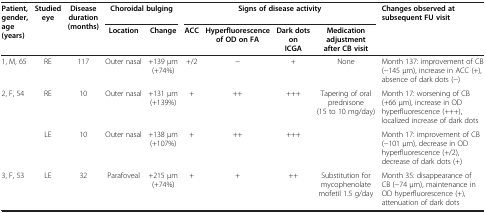
<table><thead><tr><td rowspan="2"><b>Patient, gender, age (years)</b></td><td rowspan="2"><b>Studied eye</b></td><td rowspan="2"><b>Disease duration (months)</b></td><td colspan="2"><b>Choroidal bulging</b></td><td colspan="4"><b>Signs of disease activity</b></td><td><b>Changes observed at subsequent FU visit</b></td></tr><tr><td><b>Location</b></td><td><b>Change</b></td><td><b>ACC</b></td><td><b>Hyperfluorescence of OD on FA</b></td><td><b>Dark dots on ICGA</b></td><td><b>Medication adjustment after CB visit</b></td><td><b> </b></td></tr></thead><tbody><tr><td>1, M, 65</td><td>RE</td><td>117</td><td>Outer nasal</td><td>+139 μm (+74%)</td><td>+/2</td><td>−</td><td>+</td><td>None</td><td>Month 137: improvement of CB (−145 μm), increase in ACC (+), absence of dark dots (−)</td></tr><tr><td rowspan="2">2, F, 54</td><td>RE</td><td>10</td><td>Outer nasal</td><td>+131 μm (+139%)</td><td>+</td><td>++</td><td>+++</td><td rowspan="2">Tapering of oral prednisone (15 to 10 mg/day)</td><td>Month 17: worsening of CB (+66 μm), increase in OD hyperfluorescence (+++), localized increase of dark dots</td></tr><tr><td>LE</td><td>10</td><td>Outer nasal</td><td>+138 μm (+107%)</td><td>+</td><td>++</td><td>+++</td><td>Month 17: improvement of CB (−101 μm), decrease in OD hyperfluorescence (+/2), decrease of dark dots (+)</td></tr><tr><td>3, F, 53</td><td>LE</td><td>32</td><td>Parafoveal</td><td>+215 μm (+74%)</td><td>+</td><td>+</td><td>++</td><td>Substitution for mycophenolate mofetil 1.5 g/day</td><td>Month 35: disappearance of CB (−74 μm), maintenance in OD hyperfluorescence (+), attenuation of dark dots</td></tr></tbody></table>